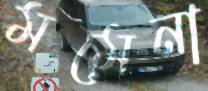
মমেনা